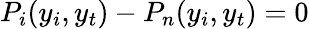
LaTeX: P_{i}(y_{i},y_{t})-P_{n}(y_{i},y_{t})=0